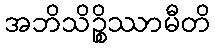
အဘိသိဉ္စိဿာမီတိ